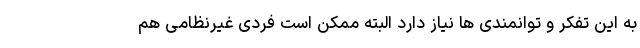
به این تفکر و توانمندی ها نیاز دارد البته ممکن است فردی غیرنظامی هم